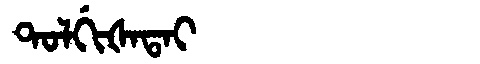
Manchu: ᡨᠣᠯᡤᡳᡧᠠᡨᠠᡳ
Romanization: TOLGIŠATAI